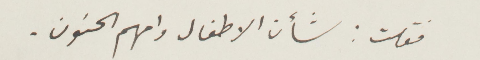
فقلت: شأن الأطفال وامهم الحنون